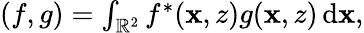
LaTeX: \begin{array}{r}{(f,g)=\int_{\mathbb{R}^{2}}f^{*}(\mathbf{x},z)g(\mathbf{x},z)\, \mathrm{d}\mathbf{x},}\end{array}